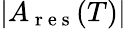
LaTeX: |A_{\mathrm{~r~e~s~}}(T)|